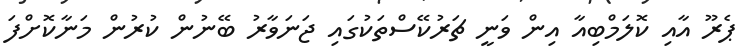
ޕެރޫ އާއި ކޮލަމްބިއާ އިން ވަނީ ޗަރުކޭސްތަކުގައި ޖަނަވާރު ބޭނުން ކުރުން މަނާކޮށްފަ